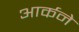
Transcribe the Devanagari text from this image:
आर्कने